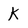
Character: k